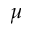
\mu